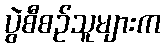
ပွဲစီစဉ်သူများက